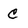
Character: C